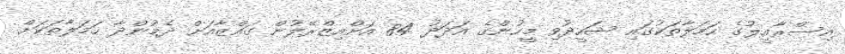
އިސްރާއީލުގެ ހަމަލާތަކުގައި ޝަހީދުވި މީހުންގެ އަދަދު 84 އަށްއިޒްރޭލުން ގައްޒާއަށް ދެމުންދާ ހަމަލާތަކަށް